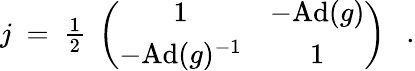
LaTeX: j~=~{\textstyle{\frac{1}{2}}}\; \left(\begin{array}{cc}{{1}}&{{-\mathrm{Ad}(g)}}\\ {{-\mathrm{Ad}(g)^{-1}}}&{{1}}\end{array}\right)~~~.